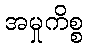
အမှုကိစ္စ